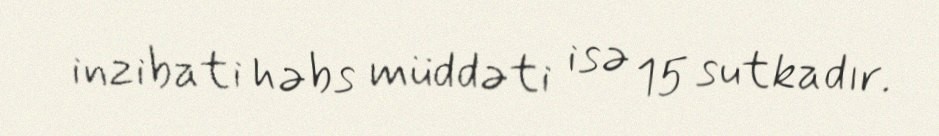
inzibati həbs müddəti isə 15 sutkadır.